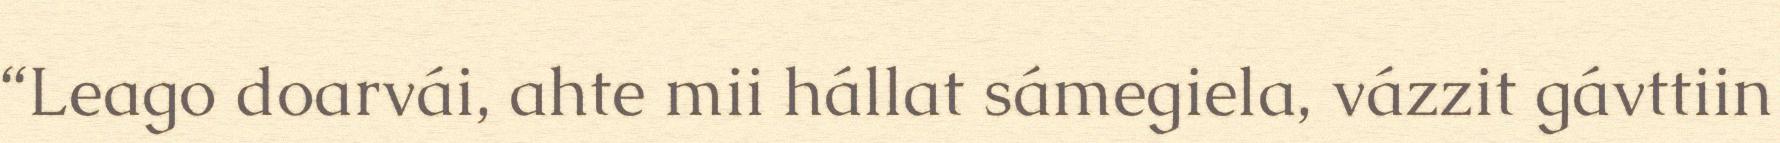
“Leago doarvái, ahte mii hállat sámegiela, vázzit gávttiin